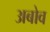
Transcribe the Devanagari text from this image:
अबोव